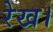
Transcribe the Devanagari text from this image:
रेख।